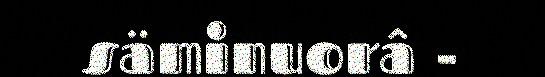
säminuorâ -